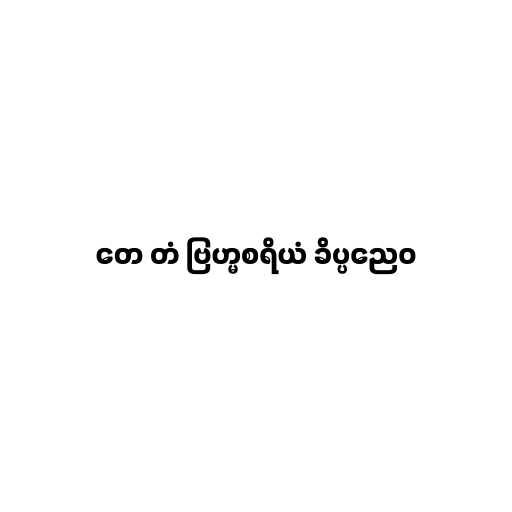
တေ တံ ဗြဟ္မစရိယံ ခိပ္ပညေဝ